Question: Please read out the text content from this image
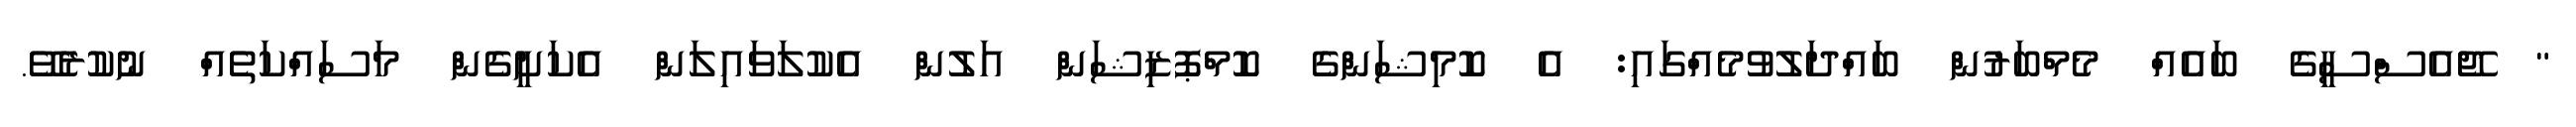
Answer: " ޖޭއެސްސީގެ ބައެއް މެމްބަރުން ބައްދަލުވުމެއްގައި: އެ ކޮމިޝަންގެ ކޮމްޕޮޒިޝަން އަލުން އެކުލަވައިލަން އެކަށީގެން މަސައްކަތެއް ނުކުރެވޭ.